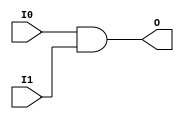
module X_AND2 (O, I0, I1);

  parameter LOC = "UNPLACED";
  output O;
  input I0, I1;

  and (O, I0, I1);

  specify

	(I0 => O) = (0:0:0, 0:0:0);
	(I1 => O) = (0:0:0, 0:0:0);
	specparam PATHPULSE$ = 0;

  endspecify

endmodule